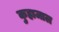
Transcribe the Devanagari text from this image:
कुहाजाल